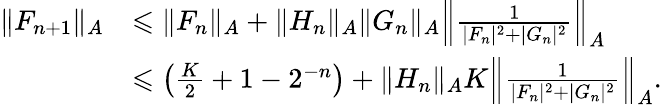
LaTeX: \begin{array}{rl}{\| F_{n+1}\| _{A}}&{\leqslant\| F_{n}\| _{A}+\| H_{n}\| _{A}\| G_{n}\| _{A}\left\| \frac{1}{|F_{n}|^{2}+|G_{n}|^{2}}\right\| _{A}}\\ &{\leqslant\left(\frac{K}{2}+1-2^{-n}\right)+\| H_{n}\| _{A}K\left\| \frac{1}{|F_{n}|^{2}+|G_{n}|^{2}}\right\| _{A}.}\end{array}